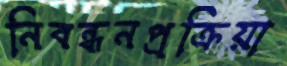
নিবন্ধনপ্রক্রিয়া